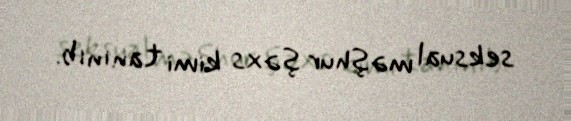
seksual məşhur şəxs kimi tanınıb.